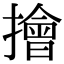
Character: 𢶒